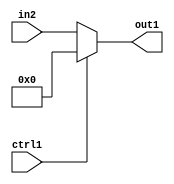
`timescale 1ps / 1ps
/*****************************************************************************
    Verilog RTL Description
    
    
    Created by: CellMath Designer 2019.1.01 
*******************************************************************************/

module finish_gen_Muxi0u32u1_4 (
	in2,
	ctrl1,
	out1
	); /* architecture "behavioural" */ 
input [31:0] in2;
input  ctrl1;
output [31:0] out1;
wire [31:0] asc001;

reg [31:0] asc001_tmp_0;
assign asc001 = asc001_tmp_0;
always @ (ctrl1 or in2) begin
	case (ctrl1)
		1'B1 : asc001_tmp_0 = 32'B00000000000000000000000000000000 ;
		default : asc001_tmp_0 = in2 ;
	endcase
end

assign out1 = asc001;
endmodule

/* CADENCE  uLn5SwA= : u9/ySgnWtBlWxVPRXgAZ4Og= ** DO NOT EDIT THIS LINE ******/